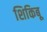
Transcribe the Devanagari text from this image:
शिकिबू